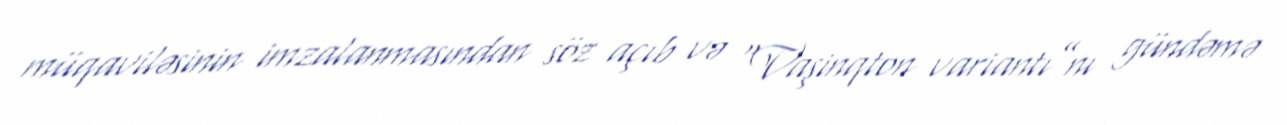
müqaviləsinin imzalanmasından söz açıb və “Vaşinqton variantı”nı gündəmə